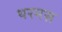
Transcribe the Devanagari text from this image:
थरमस